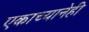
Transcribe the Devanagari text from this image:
एकाच्यानेही